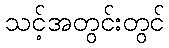
သင့်အတွင်းတွင်